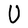
Character: U